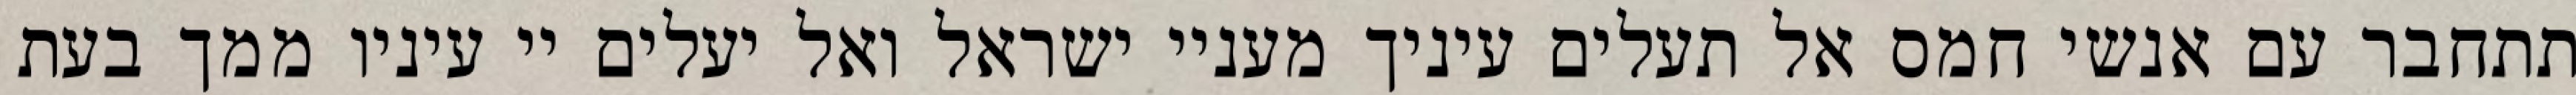
תתחבר עם אנשי חמס אל תעלים עיניך מעניי ישראל ואל יעלים יי עיניו ממך בעת